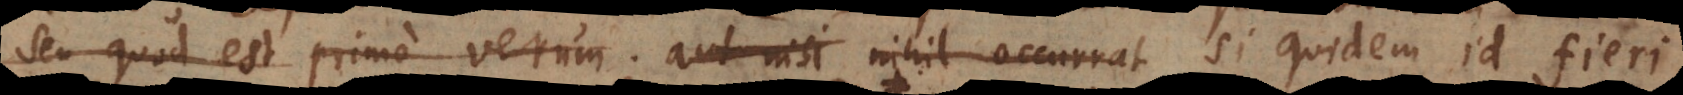
seu quod est primo verum; aut nisi nihil occurrat si quidem id fieri